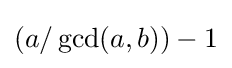
(a/\operatorname {gcd} (a,b))-1